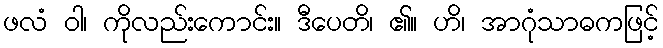
ဖလံ ဝါ၊ ကိုလည်းကောင်း။ ဒီပေတိ၊ ၏။ ဟိ၊ အာဂုံသာဓကဖြင့်